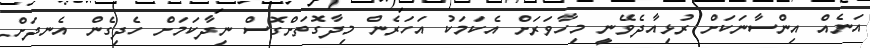
އަނެއް އިންސާނަކަށް ރުޅިއާދެވޭނީ މިހާވަރަށް އެކަމަކު އަހަރެން މިދާގޮތަށްގޮސް ނިދާކަމަށް ހެދިގެން އެނދަށް